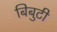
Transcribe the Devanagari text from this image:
बिबुटी